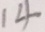
1 4